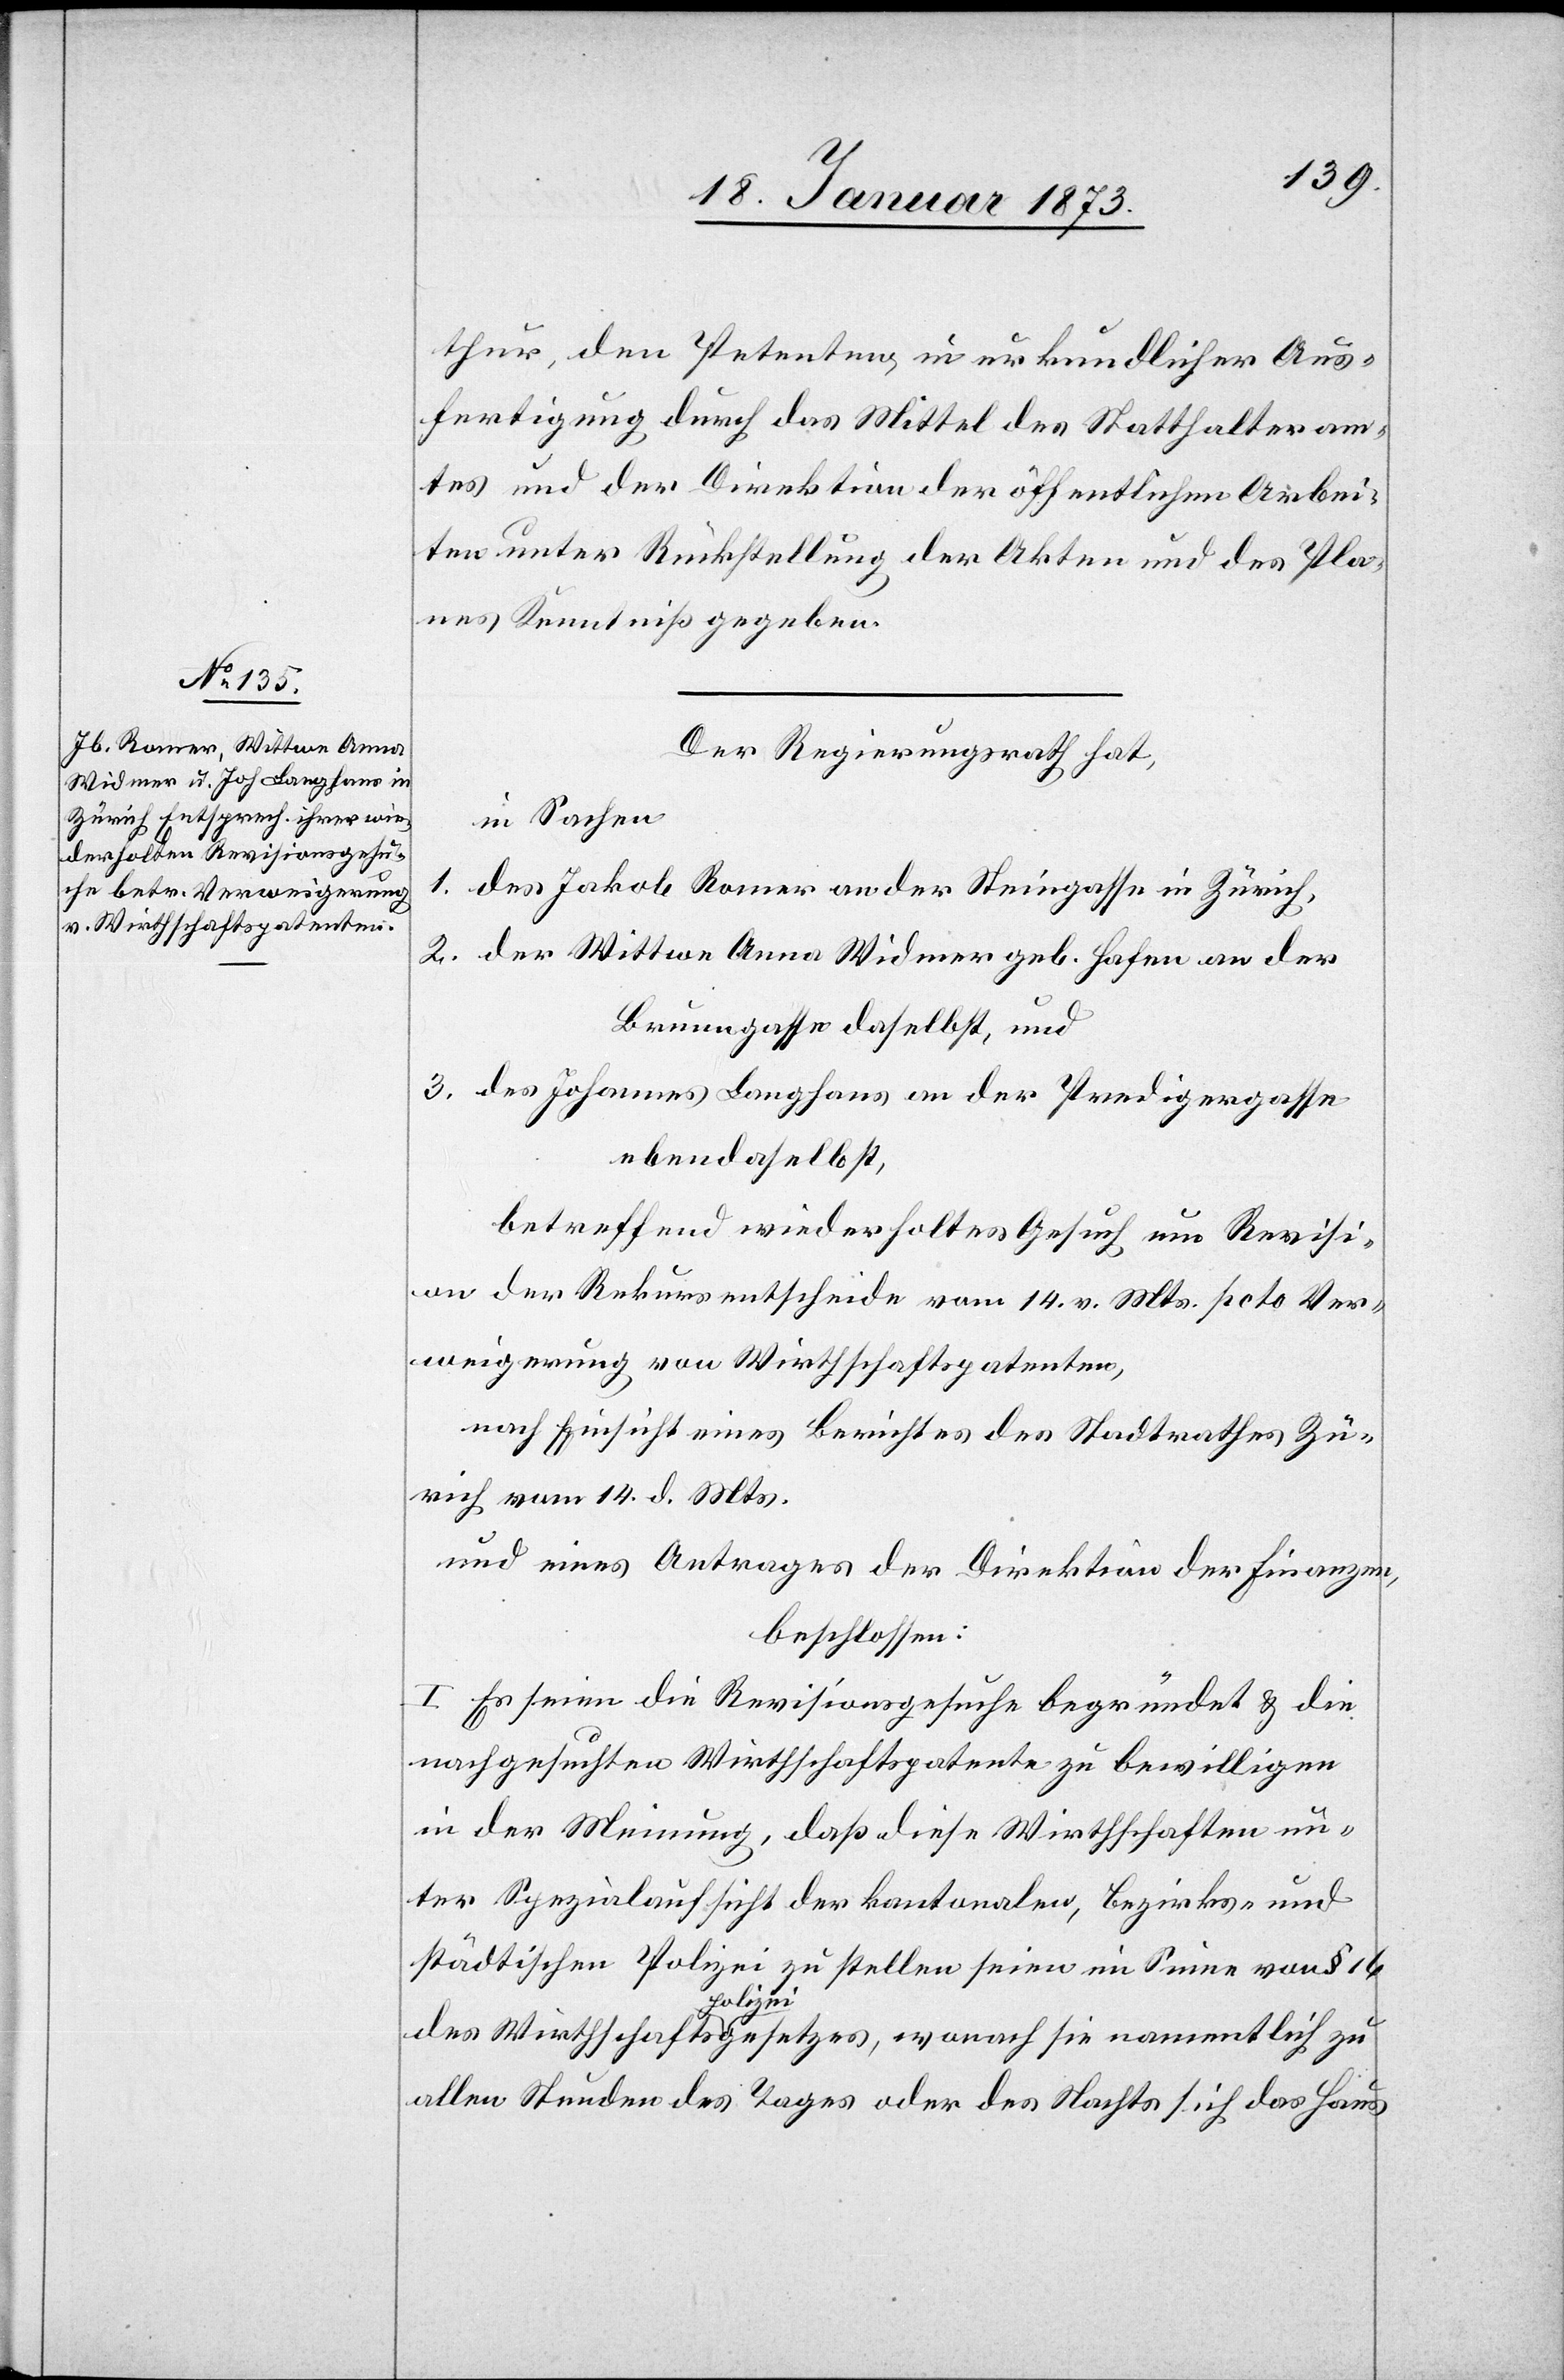
thur, den Petenten in urkundlicher Aus¬
fertigung durch das Mittel des Statthalteram¬
tes und der Direktion der öffentlichen Arbei¬
ten unter Rückstellung der Akten und des Pla¬
nes Kenntniß gegeben.
Der Regierungsrath hat,
in Sachen
1.
des Jakob Romer an der Steingasse in Zürich,
2. der Wittwe Anna Widmer geb. Hafen an der
Brunngasse daselbst, und
3. des Johannes Langhans an der Predigergasse
ebendaselbst,
betreffend wiederholtes Gesuch um Revisi¬
on der Rekursentscheide vom 14. v. Mts. pcto Ver¬
weigerung von Wirthschaftspatenten,
nach Einsicht eines Berichtes des Stadtrathes Zü¬
rich vom 14. d. Mts.
und eines Antrages der Direktion der Finanzen,
beschlossen:
1. Es seien die Revisionsgesuche begründet u. die
nachgesuchten Wirthschaftspatente zu bewilligen
in der Meinung, daß diese Wirthschaften un¬
ter Spezialaufsicht der kantonalen, Bezirks- und
städtischen Polizei zu stellen seien im Sinne von § 16
wonach sie
allen Stunden des Tages oder des Nachts sich das Haus